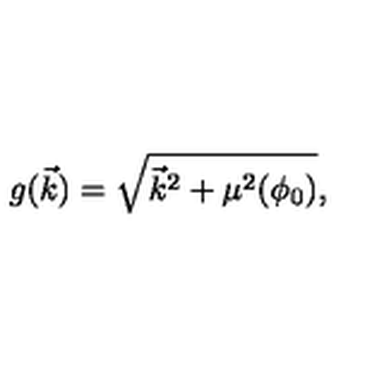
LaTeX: g ( \vec { k } ) = \sqrt { { \vec { k } } ^ { 2 } + \mu ^ { 2 } ( \phi _ { 0 } ) } ,